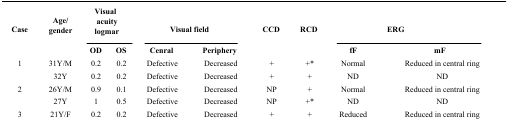
<table><thead><tr><td rowspan="2"><b>Case</b></td><td rowspan="2"><b>Age/ gender</b></td><td colspan="2"><b>Visual acuity logmar</b></td><td colspan="2"><b>Visual field</b></td><td rowspan="2"><b>CCD</b></td><td rowspan="2"><b>RCD</b></td><td colspan="2"><b>ERG</b></td></tr><tr><td><b>OD</b></td><td><b>OS</b></td><td><b>Central</b></td><td><b>Periphery</b></td><td><b>fF</b></td><td><b>mF</b></td></tr></thead><tbody><tr><td>1</td><td>31Y/M</td><td>0.2</td><td>0.2</td><td>Defective</td><td>Decreased</td><td>+</td><td>+*</td><td>Normal</td><td>Reduced in central ring</td></tr><tr><td> </td><td>32Y</td><td>0.2</td><td>0.2</td><td>Defective</td><td>Decreased</td><td>+</td><td>+</td><td>ND</td><td>ND</td></tr><tr><td>2</td><td>26Y/M</td><td>0.9</td><td>0.1</td><td>Defective</td><td>Decreased</td><td>NP</td><td>+</td><td>Normal</td><td>Reduced in central ring</td></tr><tr><td> </td><td>27Y</td><td>1</td><td>0.5</td><td>Defective</td><td>Decreased</td><td>NP</td><td>+*</td><td>ND</td><td>ND</td></tr><tr><td>3</td><td>21Y/F</td><td>0.2</td><td>0.2</td><td>Defective</td><td>Decreased</td><td>+</td><td>+</td><td>Reduced</td><td>Reduced in central ring</td></tr></tbody></table>